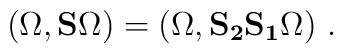
(\Omega,{\bf S}\Omega)=(\Omega,{\bf S_2S_1}\Omega)\,\,.